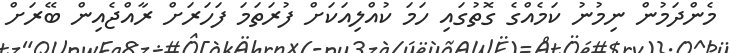
މެންދަމުން ނިމުނު ކަމެއްގެ ގޮތުގައި ހަމަ ކުއްލިއަކަށް ފުރަތަމަ ފަހަރަށް ރާއްޖެއިން ބޭރަށް